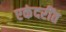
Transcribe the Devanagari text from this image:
एकंदरींत